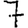
Digit: 7